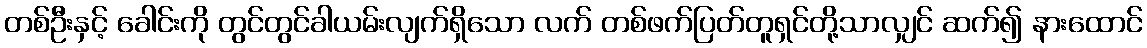
တစ်ဦးနှင့် ခေါင်းကို တွင်တွင်ခါယမ်းလျက်ရှိသော လက် တစ်ဖက်ပြတ်တူရှင်တို့သာလျှင် ဆက်၍ နားထောင်